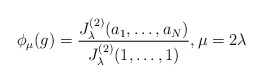
\begin{align*} \phi_\mu(g)= \frac{J_\lambda^{(2)}(a_1,\ldots, a_N)}{J_\lambda^{(2)}(1,\ldots, 1)}, \mu=2\lambda \end{align*}